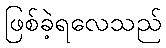
ဖြစ်ခဲ့ရလေသည်